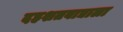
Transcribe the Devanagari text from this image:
दहशतवाद्याला